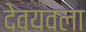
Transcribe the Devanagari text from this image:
देवयवला